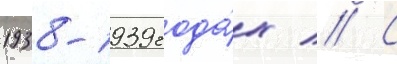
1938-1939 года́х // С